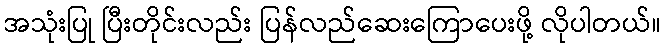
အသုံးပြု ပြီးတိုင်းလည်း ပြန်လည်ဆေးကြောပေးဖို့ လိုပါတယ်။